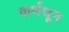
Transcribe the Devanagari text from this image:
कर्णधून